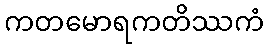
ကတမောရကတိဿကံ